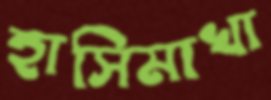
হাসিমাখা